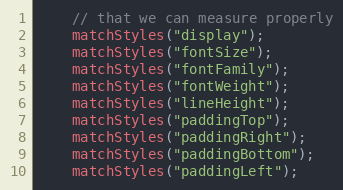
Language: Java
	// that we can measure properly
	matchStyles("display");
	matchStyles("fontSize");
	matchStyles("fontFamily");
	matchStyles("fontWeight");
	matchStyles("lineHeight");
	matchStyles("paddingTop");
	matchStyles("paddingRight");
	matchStyles("paddingBottom");
	matchStyles("paddingLeft");